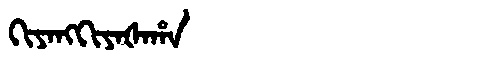
Manchu: ᡴᡳᠶᠠᠩᡴᡳᠶᠠᡧᠠᡥᠠ
Romanization: KIYANGKIYAŠAHA